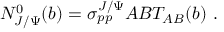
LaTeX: N _ { J / \Psi } ^ { 0 } ( b ) = \sigma _ { p p } ^ { J / \Psi } A B T _ { A B } ( b ) \ .